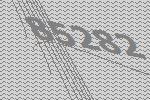
85282